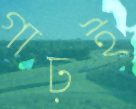
গাঢ়ই